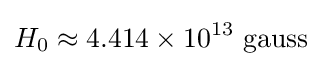
H_{0}\approx 4.414\times 10^{13}~{\text{gauss}}